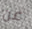
عن